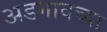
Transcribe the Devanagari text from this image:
अडगावच्या